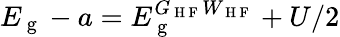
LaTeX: E_{\mathrm{~g~}}-a=E_{\mathrm{~g~}}^{G_{\mathrm{~H~F~}}W_{\mathrm{~H~F~}}}+U/2